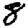
Digit: 8